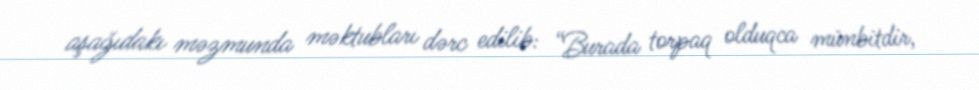
aşağıdakı məzmunda məktubları dərc edilib: “Burada torpaq olduqca münbitdir,